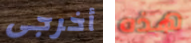
أخرجى هذه